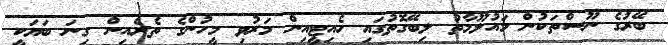
ބޭރުގެ ނޫސްތަކުން މައުލޫމާތު ލިބޭގޮތުގައި ހެއިޓީއިން މަރުވި މީހުންގެ ތެރެއިން ގިނަ ބަޔަކީ